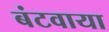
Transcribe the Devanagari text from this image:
बंटवाया